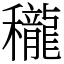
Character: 䆍